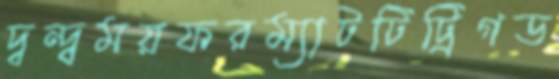
দ্বন্দ্বময়ফরম্যাটটিট্রিগড